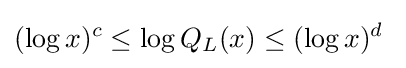
(\log x)^{c}\leq \log Q_{L}(x)\leq (\log x)^{d}\